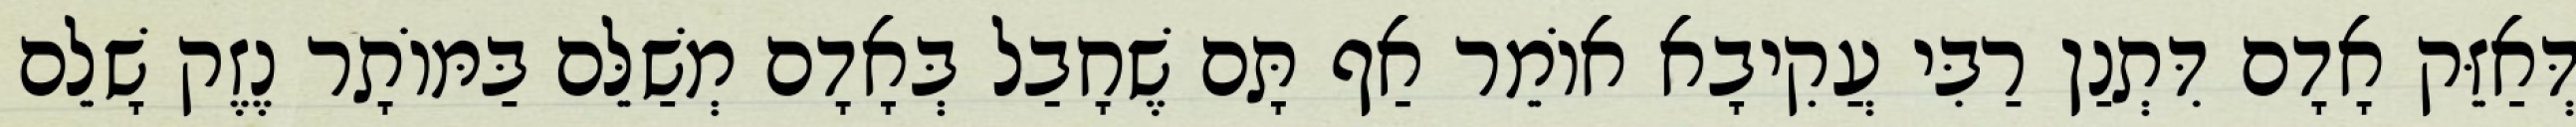
דְּאַזֵּק אָדָם דִּתְנַן רַבִּי עֲקִיבָא אוֹמֵר אַף תָּם שֶׁחָבַל בְּאָדָם מְשַׁלֵּם בַּמּוֹתָר נֶזֶק שָׁלֵם